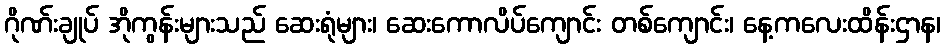
ဂိုဏ်းချုပ် အိုကွန်းများသည် ဆေးရုံများ၊ ဆေးကောလိပ်ကျောင်း တစ်ကျောင်း၊ နေ့ကလေးထိန်းဌာန၊